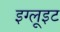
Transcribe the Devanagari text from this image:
इग्लूइट